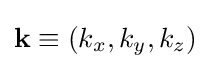
\mathbf {k} \equiv (k_{x},k_{y},k_{z})